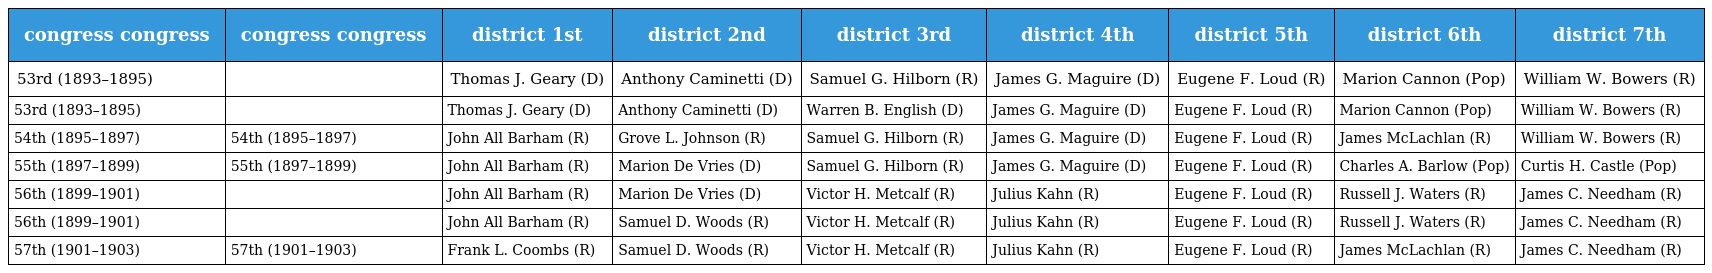
| congress congress | congress congress | district 1st | district 2nd | district 3rd | district 4th | district 5th | district 6th | district 7th |
 | --- | --- | --- | --- | --- | --- | --- | --- | --- |
 | 53rd (1893–1895) |  | Thomas J. Geary (D) | Anthony Caminetti (D) | Samuel G. Hilborn (R) | James G. Maguire (D) | Eugene F. Loud (R) | Marion Cannon (Pop) | William W. Bowers (R) |
 | 53rd (1893–1895) |  | Thomas J. Geary (D) | Anthony Caminetti (D) | Warren B. English (D) | James G. Maguire (D) | Eugene F. Loud (R) | Marion Cannon (Pop) | William W. Bowers (R) |
 | 54th (1895–1897) | 54th (1895–1897) | John All Barham (R) | Grove L. Johnson (R) | Samuel G. Hilborn (R) | James G. Maguire (D) | Eugene F. Loud (R) | James McLachlan (R) | William W. Bowers (R) |
 | 55th (1897–1899) | 55th (1897–1899) | John All Barham (R) | Marion De Vries (D) | Samuel G. Hilborn (R) | James G. Maguire (D) | Eugene F. Loud (R) | Charles A. Barlow (Pop) | Curtis H. Castle (Pop) |
 | 56th (1899–1901) |  | John All Barham (R) | Marion De Vries (D) | Victor H. Metcalf (R) | Julius Kahn (R) | Eugene F. Loud (R) | Russell J. Waters (R) | James C. Needham (R) |
 | 56th (1899–1901) |  | John All Barham (R) | Samuel D. Woods (R) | Victor H. Metcalf (R) | Julius Kahn (R) | Eugene F. Loud (R) | Russell J. Waters (R) | James C. Needham (R) |
 | 57th (1901–1903) | 57th (1901–1903) | Frank L. Coombs (R) | Samuel D. Woods (R) | Victor H. Metcalf (R) | Julius Kahn (R) | Eugene F. Loud (R) | James McLachlan (R) | James C. Needham (R) |